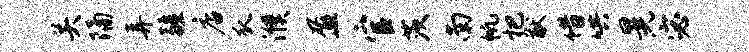
关隔弄疆店瓜濮盈官茨南帆杷猷借哄晃宓